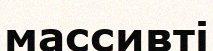
массивті